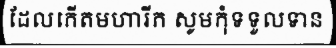
ដែលកើតមហារីក សូមកុំទទួលទាន